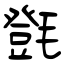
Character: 㲪